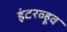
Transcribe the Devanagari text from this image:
इंटरव्हूव